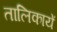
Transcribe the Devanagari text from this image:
तालिकायें